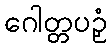
ဂေါတ္တပဉှံ